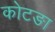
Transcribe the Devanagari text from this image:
कोटङा